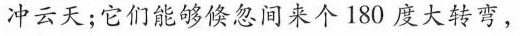
冲云天；它们能够倏忽间来个180度大转弯，